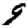
Digit: 9